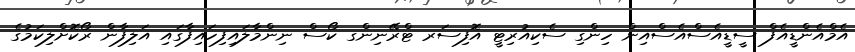
އެމްއެންޑީއެފް ސީޑީއެސްއެސްއިން ހިންގި ސެކިއުރިޓީ އޮފިސަރ ޓްރޭނިންގ ކޯސް ނިންމާލައިފިހައިފާގައި އަލިފާން ރޯކޮށްލިކަމުގެ